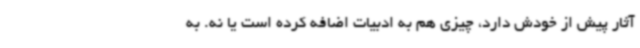
آثار پیش از خودش دارد، چیزی هم به ادبیات اضافه کرده است یا نه. به